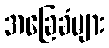
အခြေခံများ